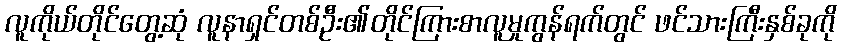
လူကိုယ်တိုင်တွေ့ဆုံ လူနာရှင်တစ်ဦး၏တိုင်ကြားစာလူမှုကွန်ရက်တွင် ဖင်သားကြီးနှစ်ခုကို